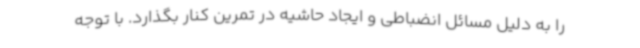
را به دلیل مسائل انضباطی و ایجاد حاشیه در تمرین کنار بگذارد. با توجه